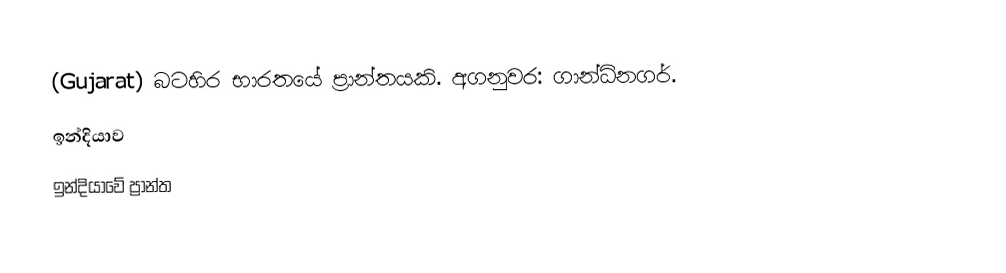
(Gujarat) බටහිර භාරතයේ ප්‍රාන්තයකි. අගනුවර: ගාන්ධිනගර්.
ඉන්දියාව
ඉන්දියාවේ ප්‍රාන්ත